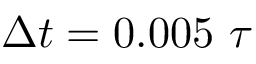
\Delta t = 0 . 0 0 5 ~ \tau